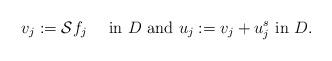
LaTeX: \begin{align*}v_j := \mathcal{S} f_j \quad\mbox{ in } D \mbox{ and } u_j := v_j + u^s_j \mbox{ in } D.\end{align*}